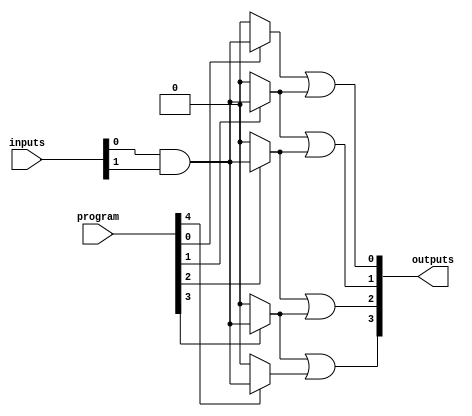
module HS_PAL (
    input wire [N-1:0] inputs,      // N input signals
    input wire [M-1:0] program,      // M programming signals for AND gates
    output wire [P-1:0] outputs      // P output signals
);

parameter N = 8; // Number of input signals
parameter M = 16; // Number of programmable AND gates
parameter P = 4; // Number of fixed OR outputs

// Programmable AND array
wire [M-1:0] and_outputs; // Outputs from AND gates

genvar i, j;
generate
    for (i = 0; i < M; i = i + 1) begin : and_array
        // Each AND gate can be programmed to connect specific input signals
        assign and_outputs[i] = program[i] ? (inputs[0] & inputs[1]) : 1'b0; // Example: AND gate logic
        // You can expand this logic based on your programming requirements
    end
endgenerate

// Fixed OR array
wire [P-1:0] or_outputs; // Outputs from OR gates

generate
    for (j = 0; j < P; j = j + 1) begin : or_array
        // Each OR gate combines outputs from the programmable AND gates
        assign or_outputs[j] = and_outputs[j] | and_outputs[j + 1]; // Example: OR gate logic
        // You can expand this logic based on your desired output configuration
    end
endgenerate

// Assign final outputs
assign outputs = or_outputs;

endmodule